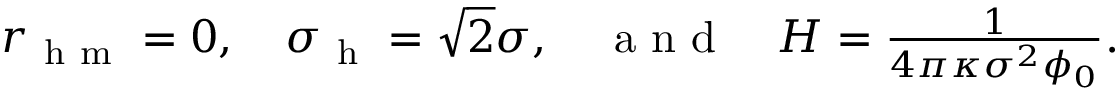
\begin{array} { r } { r _ { \mathrm { ~ h ~ m ~ } } = 0 , \ \ \ \sigma _ { \mathrm { ~ h ~ } } = \sqrt { 2 } \sigma , \ \ \ \mathrm { ~ a ~ n ~ d ~ } \ \ \ H = \frac { 1 } { 4 \pi \kappa \sigma ^ { 2 } \phi _ { 0 } } . } \end{array}